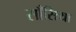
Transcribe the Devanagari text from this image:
साँसिया